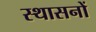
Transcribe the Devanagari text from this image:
स्थासनों